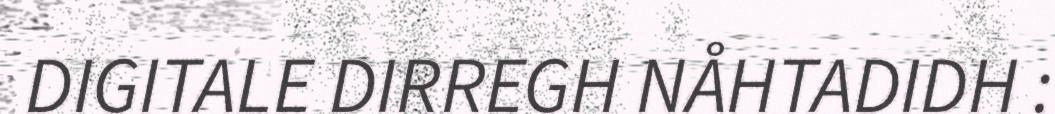
DIGITALE DIRREGH NÅHTADIDH :